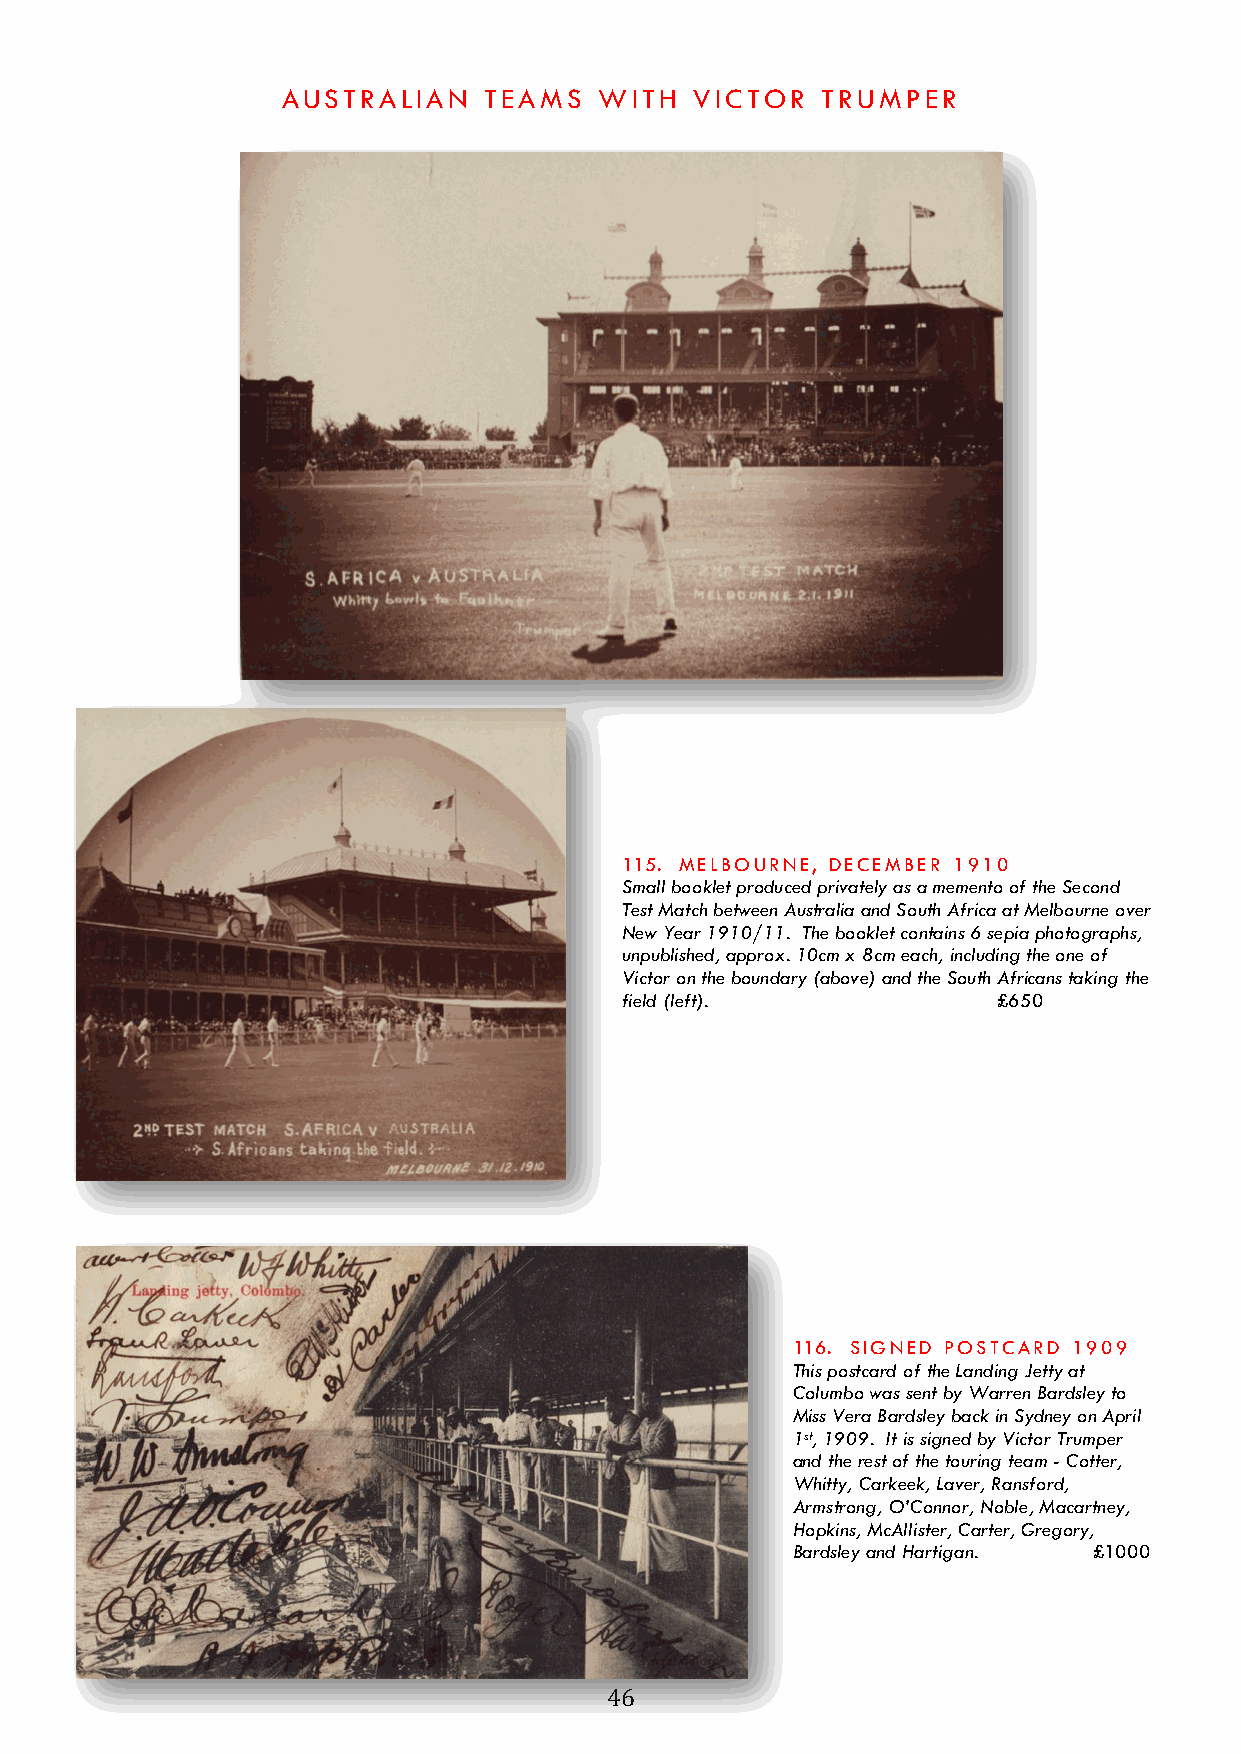
AUSTRALIAN   TEAMS   WITH  VICTOR  TRUMPER
 115. MELBOURNE, DECEMBER 1910
 Small booklet produced privately as a memento of the Second
 Test Match between Australia and South Africa at Melbourne over
 New Year 1910/11. The booklet contains 6 sepia photographs,
 unpublished, approx. 10cm x 8cm each, including the one of
 Victor on the boundary (above) and the South Africans taking the
 field (left).            £650
 116. SIGNED POSTCARD 1909
 This postcard of the Landing Jetty at
 Columbo was sent by Warren Bardsley to
 Miss Vera Bardsley back in Sydney on April
 1st, 1909. It is signed by Victor Trumper
 and the rest of the touring team - Cotter,
 Whitty, Carkeek, Laver, Ransford,
 Armstrong, O’Connor, Noble, Macartney,
 Hopkins, McAllister, Carter, Gregory,
 Bardsley and Hartigan. £1000
 46